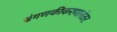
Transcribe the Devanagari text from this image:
संगणकीकरणानंतर